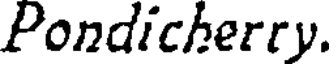
Pondicherry.